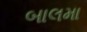
બાલમા